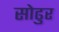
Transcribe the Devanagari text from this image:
सोढुर